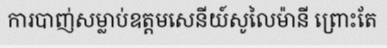
ការបាញ់សម្លាប់ឧត្តមសេនីយ៍សូលៃម៉ានី ព្រោះតែ